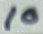
Text: 10